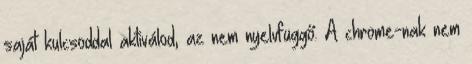
saját kulcsoddal aktiválod, az nem nyelvfüggő. A chrome-nak nem